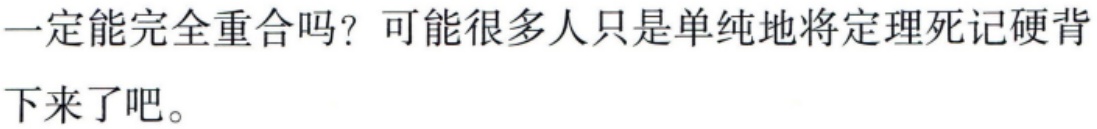
一定能完全重合吗？可能很多人只是单纯地将定理死记硬背下来了吧。